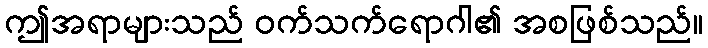
ဤအရာများသည် ဝက်သက်ရောဂါ၏ အစဖြစ်သည်။